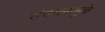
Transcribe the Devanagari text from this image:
संचयनामुळे